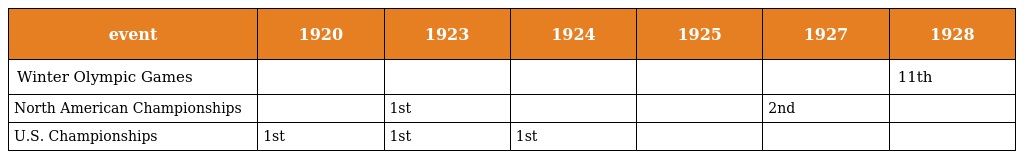
| event | 1920 | 1923 | 1924 | 1925 | 1927 | 1928 |
 | --- | --- | --- | --- | --- | --- | --- |
 | Winter Olympic Games |  |  |  |  |  | 11th |
 | North American Championships |  | 1st |  |  | 2nd |  |
 | U.S. Championships | 1st | 1st | 1st |  |  |  |